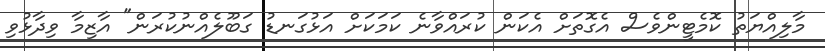
މާލިއްޔަތު ކޮމެޓީންވެސް އެގޮތަށް އެކަން ކުރައްވާނެ ކަމަކަށް އަޅުގަނޑު ގަބޫލެއްނުކުރަން" އާޒިމާ ވިދާޅުވި